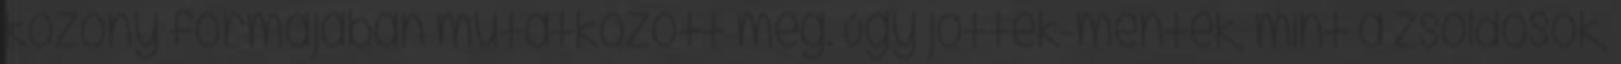
közöny formájában mutatkozott meg. Úgy jöttek-mentek, mint a zsoldosok,